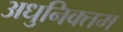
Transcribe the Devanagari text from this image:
अधुनिक्तम